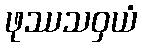
ဖုဿသဝှယံ